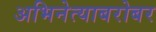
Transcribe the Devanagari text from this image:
अभिनेत्याबरोबर